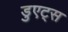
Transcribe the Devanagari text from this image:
डुएट्स